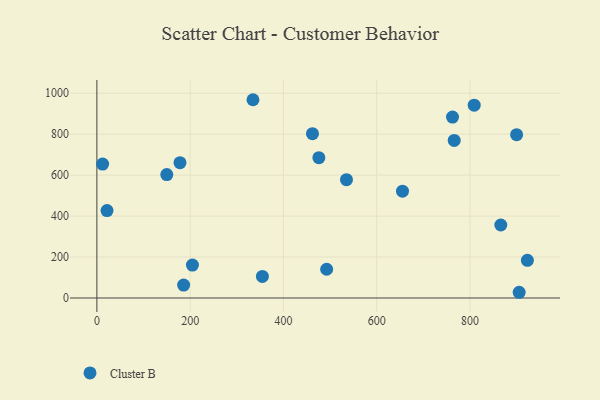
{"axis": {"x": "Speed", "y": "Salary"}, "legend": ["Cluster B"], "data": [{"x": "766.2", "y": 769.4, "type": "Cluster B"}, {"x": "535.2", "y": 578.0, "type": "Cluster B"}, {"x": "655.3", "y": 521.6, "type": "Cluster B"}, {"x": "21.7", "y": 427.2, "type": "Cluster B"}, {"x": "334.7", "y": 968.4, "type": "Cluster B"}, {"x": "476.0", "y": 685.2, "type": "Cluster B"}, {"x": "905.5", "y": 27.9, "type": "Cluster B"}, {"x": "204.9", "y": 160.9, "type": "Cluster B"}, {"x": "149.9", "y": 602.9, "type": "Cluster B"}, {"x": "923.1", "y": 183.8, "type": "Cluster B"}, {"x": "900.0", "y": 797.7, "type": "Cluster B"}, {"x": "462.3", "y": 802.5, "type": "Cluster B"}, {"x": "186.0", "y": 63.2, "type": "Cluster B"}, {"x": "492.7", "y": 140.4, "type": "Cluster B"}, {"x": "866.1", "y": 356.4, "type": "Cluster B"}, {"x": "178.2", "y": 660.9, "type": "Cluster B"}, {"x": "12.3", "y": 654.0, "type": "Cluster B"}, {"x": "354.9", "y": 105.5, "type": "Cluster B"}, {"x": "809.1", "y": 941.8, "type": "Cluster B"}, {"x": "762.6", "y": 883.7, "type": "Cluster B"}]}